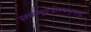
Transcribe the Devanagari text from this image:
इक्ष्यलमुपजीज्यमानानां